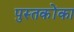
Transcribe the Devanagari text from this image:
पुस्‍तकोंका